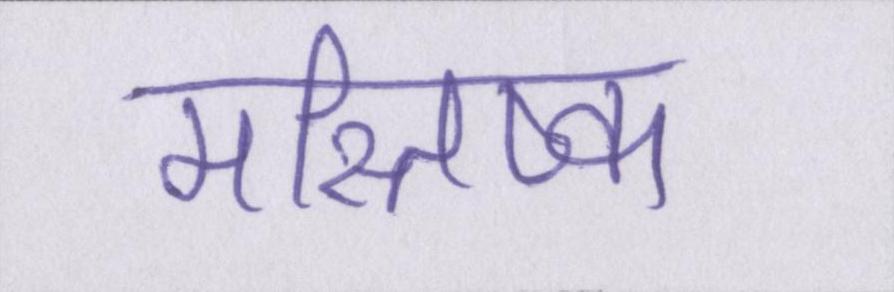
मस्तिष्क